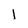
Character: l